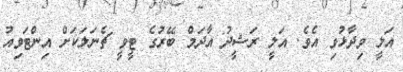
އަލީ ވިދާޅުވި އެެވެ. އަލީ ރަޝީދު އާދަމް ބޭރުގެ ޓީވީ ޗެނަލަކަށް އިންޓަވިއު